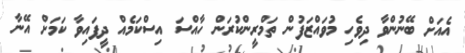
އެއަށް ބޭނުންވާ ދިވެހި މުވައްޒަފުން ތަމްރީންކުރަން ހާއްސަ އިސްކަމެއް ދީފައިވާ ކަމަށް އޭނާ